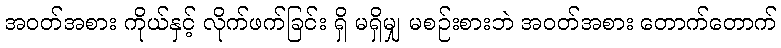
အဝတ်အစား ကိုယ်နှင့် လိုက်ဖက်ခြင်း ရှိ မရှိမျှ မစဉ်းစားဘဲ အဝတ်အစား တောက်တောက်